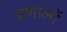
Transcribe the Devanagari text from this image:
प्रणालों